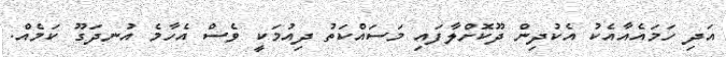
އަދި ހަމައެއާއެކު އެކުދިން ދޫކޮށްލާފައި މަސައްކަތު ދިއުމަކީ ވެސް އެހާމެ އުނދަގޫ ކަމެއް.